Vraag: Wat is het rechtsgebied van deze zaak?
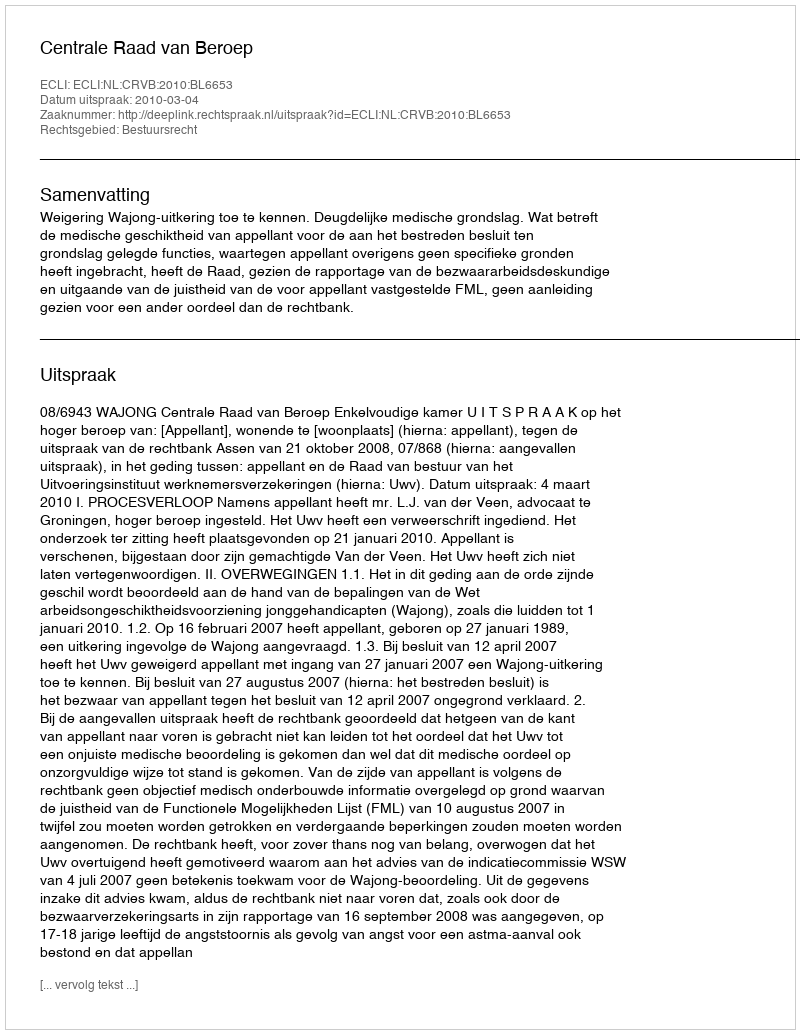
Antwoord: Bestuursrecht